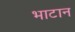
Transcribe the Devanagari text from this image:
भाटान